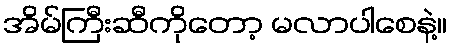
အိမ်ကြီးဆီကိုတော့ မလာပါစေနဲ့။